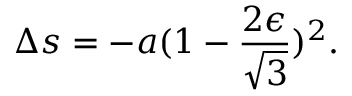
\Delta s = - a ( 1 - { \frac { 2 \epsilon } { \sqrt { 3 } } } ) ^ { 2 } . \qquad